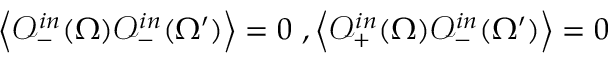
\left< \mathcal { O } _ { - } ^ { i n } ( \Omega ) \mathcal { O } _ { - } ^ { i n } ( \Omega ^ { \prime } ) \right> = 0 \ , \left< \mathcal { O } _ { + } ^ { i n } ( \Omega ) \mathcal { O } _ { - } ^ { i n } ( \Omega ^ { \prime } ) \right> = 0